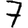
Digit: 7